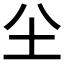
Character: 𡉀